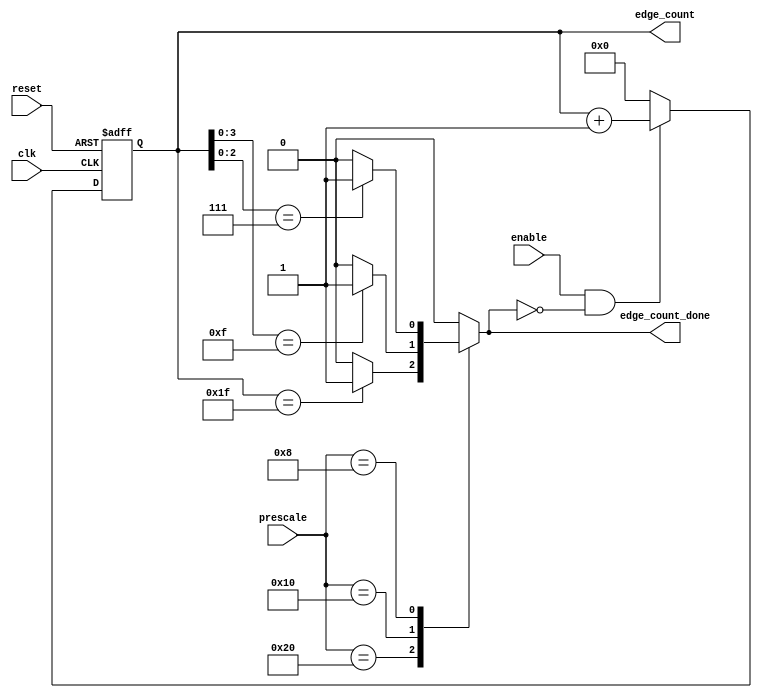
/*
* ----------------------------- Ports' Definition -----------------------------
* ----------------------------- Inputs -----------------------------
* clk:             UART clock.
* reset:           Global active low asynchronous reset after synchronization.
* prescale:        The ratio between the frequency of the receiver and the frequecy of the 
*                  transmitter (The avaialable prescale values are: 8, 16, 32).
* enable:          A signal to enable the operation of the edge counter.
* 
* ----------------------------- Outputs -----------------------------
* edge_count:      A counter value which indicates the number of the current edge. Its value
*                  depends on the prescale value (because prescale of value 8 means that the 
*                  counter should stop at 7 and wrap around again).
* edge_count_done: A signal to indicate that a full cycle of the UART tranmsitter has passed
*                  (when prescale value is 8, edge_count_done becomes high when the edge
*                  counter value is 7).
*/

module edge_counter (
    input clk,
    input reset,
    input [5:0] prescale,
    input enable,

    output reg [4:0] edge_count,
    output reg edge_count_done
);

    always @(posedge clk or negedge reset) begin
        if (~reset) begin
            edge_count <= 5'b0;
        end
        else if (enable & ~edge_count_done) begin
            edge_count <= edge_count + 5'b1;
        end
        else begin
            edge_count <= 5'b0;
        end
    end

    always @(*) begin
        case (prescale)
            
            // prescale = 32
            6'b10_0000: begin
                if (edge_count == 5'b11111) begin
                    edge_count_done = 1'b1;
                end
                else begin
                    edge_count_done = 1'b0;
                end
            end
            
            // prescale = 16
            6'b01_0000: begin
                if (edge_count[3:0] == 4'b1111) begin
                    edge_count_done = 1'b1;
                end
                else begin
                    edge_count_done = 1'b0;
                end
            end
            
            // prescale = 8
            6'b00_1000: begin
                if (edge_count[2:0] == 3'b111) begin
                    edge_count_done = 1'b1;
                end
                else begin
                    edge_count_done = 1'b0;
                end
            end

            default: begin
                edge_count_done = 1'b0;
            end
        endcase
    end

endmodule